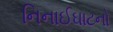
નિનાઈઘાટનો